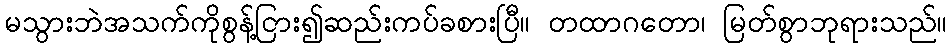
မသွားဘဲအသက်ကိုစွန့်ငြား၍ဆည်းကပ်ခစားပြီ။ တထာဂတော၊ မြတ်စွာဘုရားသည်။